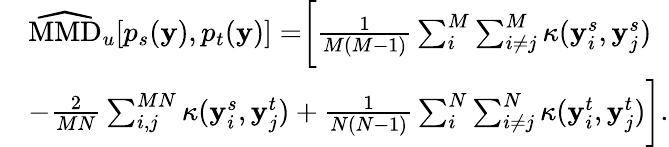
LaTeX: \begin{array}{rl}&{\widehat{\mathrm{MMD}}_{u}[p_{s}(\mathbf{y}),p_{t}(\mathbf{y})]=\biggr[\frac{1}{M(M-1)}\sum_{i}^{M}\sum_{i\neq j}^{M}\kappa(\mathbf{y}_{i}^{s},\mathbf{y}_{j}^{s})}\\ &{-\frac{2}{MN}\sum_{i,j}^{MN}\kappa(\mathbf{y}_{i}^{s},\mathbf{y}_{j}^{t})+\frac{1}{N(N-1)}\sum_{i}^{N}\sum_{i\neq j}^{N}\kappa(\mathbf{y}_{i}^{t},\mathbf{y}_{j}^{t})\biggr].}\end{array}